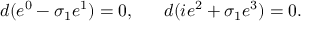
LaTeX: d ( e ^ { 0 } - \sigma _ { 1 } e ^ { 1 } ) = 0 , \ \ \ \ \ d ( i e ^ { 2 } + \sigma _ { 1 } e ^ { 3 } ) = 0 .